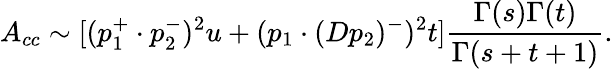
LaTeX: A_{cc}\sim[(p_{1}^{+}\cdot p_{2}^{-})^{2}u+(p_{1}\cdot(Dp_{2})^{-})^{2}t]\frac{\Gamma(s)\Gamma(t)}{\Gamma(s+t+1)}.